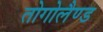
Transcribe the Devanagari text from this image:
तोगोलैण्ड